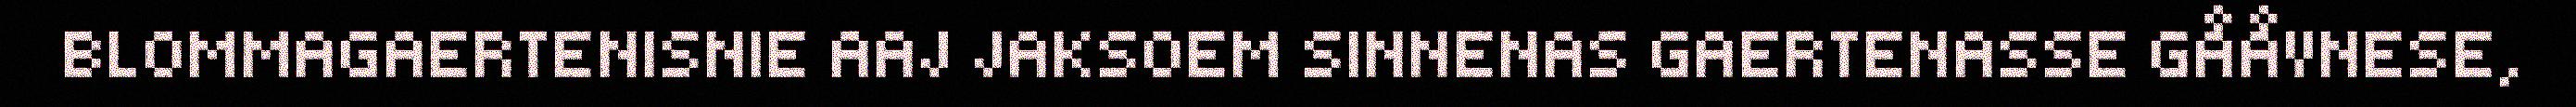
BLOMMAGAERTENISNIE AAJ JAKSOEM SINNENAS GAERTENASSE GÅÅVNESE,